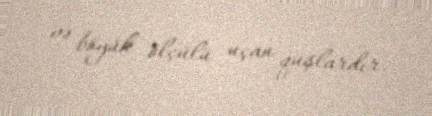
və böyük ölçülü uçan quşlardır.